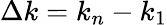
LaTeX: \Delta k=k_{n}-k_{1}